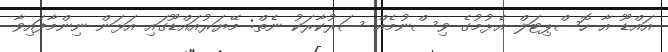
އައްޑޫ އާ ހޮސްޕިޓަލް އެޅުމުގެ ވިސްނުމެއް ސަރުކާރަކު ނެތް: މޭޔަރުއައްޑޫގައި އަޅަން ނިންމާފައިވާ